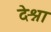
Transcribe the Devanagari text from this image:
देश्ना